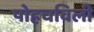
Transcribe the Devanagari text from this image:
पोहचविली